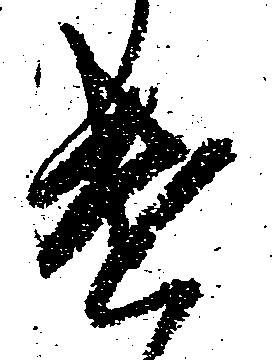
遣